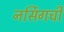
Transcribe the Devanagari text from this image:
नर्सिगची